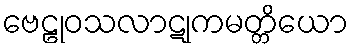
ဗေဠုဝသလာဋုကမတ္တိယော